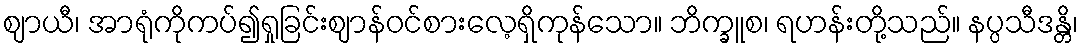
ဈာယီ၊ အာရုံကိုကပ်၍ရှုခြင်းဈာန်ဝင်စားလေ့ရှိကုန်သော။ ဘိက္ခူစ၊ ရဟန်းတို့သည်။ နပ္ပသီဒန္တိ၊